Vaccination in Bombay 1889-1901 - 1889-1901
Year: 1889
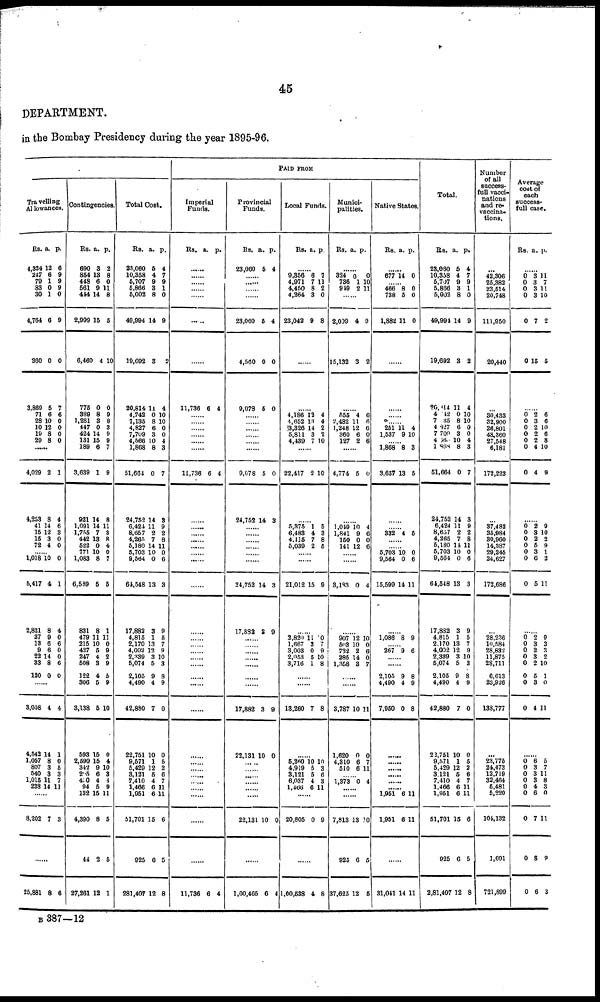
45
DEPARTMENT.
in the Bombay Presidency during the year 1895-96.
PAID FROM
Travelling
Allowances.
Rs.
4,324
247
70
83
30
4,764
360
3,869
71
28
10
19
29
a.
12
6
1
0
1
6
0
5
6
10
12
8
8
p.
6
9
9
9
0
9
0
7
6
0
0
0
0
......
4,029
4,253
41
15
15
72
2
8
14
12
3
4
1
4
6
3
0
0
...... 1,018
5,417
2,821
37
13
9
22
33
120
10
4
8
0
6
6
14
8
0
0
1
4
0
6
0
0
6
0
......
3,058
4,542
1,057
807
540
1,015
238
4
14
8
3
3
11
14
4
1
0
5
3
7
11
......
8,202 7 3
......
25,881 8 6
Contingencies.
Rs.
690
864
448
561
444
2,999
6,460
775
389
1,281
447
424
131
189
3,639
921
1,091
1,755
442
522
771
1,083
6,589
831
479
215
427
247
508
122
306
3,138
593
2,590
342
205
430
94
132
4,390
44
27,261
a.
3
13
6
9
14
15
4
0
8
3
0
14
15
6
1
14
14
7
13
0
10
8
5
8
11
10
5
4
3
4
5
5
15
15
9
6
4
5
15
8
2
12
p.
2
8
0
11
8
6
10
0
9
8
3
9
9
7
9
8
11
8
8
4
0
7
5
1
11
0
9
2
9
5
9
10
0
4
10
3
4
9
11
5
5
1
Total Cost.
Rs.
23,060
10,358
5,707
6,866
5,002
49,994
10,692
20,814
4,742
7,135
4,827
7,709
4,566
1,868
51,664
24,752
6,424
8,657
4,265
5,180
5,703
9,564
64,548
17,882
4,815
2,170
4,002
2,339
5,074
2,105
4,490
42,880
22,751
9,571
6,429
3,121
7,410
1,466
1,951
51,701
925
281,407
a.
5
4
9
3
8
14
3
11
0
8
6
3
10
8
0
14
11
2
7
14
10
0
13
3
1
13
12
3
5
9
4
7
10
1
12
5
4
6
6
15
6
12
p.
4
7
9
1
0
9
2
4
10
10
0
0 4
3
7
8
9
2
8
11
0
6
3
0
5
7
9
10
3
8
9
0
0
5
2
6
7
11
11
6
5
8
Imperial
Funds.
Rs. a. p.
......
......
......
......
......
......
......
11,736 6 4
......
......
......
......
......
......
11,736 6 4
......
......
......
......
......
......
......
......
......
......
......
......
......
......
......
......
......
......
......
......
......
......
......
......
......
......
11,736 6 4
Provincial
Funds.
Rs.
23,060
a.
5
p.
4
......
......
......
......
23,060
4,560
9,078
5
0
5
4
0
0
......
......
......
......
......
......
9,078
24,752
5
14
0
3
......
......
......
......
......
......
24,752
17,882
14
2
3
0
......
......
......
......
......
......
......
17,882
22,131
3
10
9
0
......
......
......
......
......
......
22,131 10 0
......
1,00,465 6 4
Local Funds.
Rs. a. p.
......
9,356
4,971
4,450
4,264
23,042
6
7
8
3
9
7
11
2
0
8
......
......
4,186
4,652
3,326
5,811
4,439
12
13
14
3
7
4
4
2
2
10
......
22,417 2 10
......
5,875
6,483
4,115
5,039
1
4
7
2
5
3
8
5
......
......
21,012 15 9
......
3,820
1,667
3,003
2,053
3,716
11
3
0
5
1
0
7
9
10
8
......
......
13,260 7 8
......
5,260
4,919
3,121
6,037
1,466
10
5
5
4
6
10
3
6
3
11
......
20,805 0 9
......
1,00,638 4 8
Munici-
palities.
Rs. a. p.
......
324
736
949
0
1
2
0
10
11
......
2,009
15,132
4
3
0
2
......
555
2,482
1,248
360
127
4
11
12
6
2
6
6
6
0
6
......
4,774 5 0
......
1,049
1,841
150
141
10
9
0
12
4
6
0 6
......
......
3,183 0 4
......
907
503
732
285
1,358
12
10
2
14
3
10
0
6
0
7
......
......
3,787
1,620
4,310
510
10
0
6
6
11
0
7
11
...... 1,373 0 4
......
......
7,813
925
37,625
13
6
12
10
5
5
Native States.
Rs. a. p.
......
677 14 0
...... 466
738
1,882
8
5
11
0
0
0
......
......
......
...... 251
1,537
11
9
4
10
...... 1,868
3,657
8
13
3
5
......
...... 332 4 5
......
...... 5,703
9,564
15,599
10
0
14
0
6
11
......
1,086 8 9
...... 267 9 6
......
......
2,105
4,490
7,950
9
4
0
8
9
8
......
......
......
......
......
......
1,951
1,951
6
6
11
11
31,041 14 11
Total.
Rs.
23,060
10,358
5,707
5,866
5,002
49,994
19,692
20,114
4,012
7,035
4,827
7,709
4,560
1,868
61,664
24,752
6,424
8,657
4,265
5,180
5,703
9,564
64,548
17,882
4,815
2,170
4,002
2,339
5,074
2,105
4,490
42,880
22,751
9,571
5,429
3,121
7,410
1,466
1,951
51,701
925
2,81,407
a.
5
4
9
3
8
14
3
11
0
8
6
3
10
8
0
14
11
2
7
11
10
0
13
3
1
13
12
3
5
9
4
7
10
1
12
5
4
6
6
15
6
12
p.
4
7
9
1
0
9
2
4
10
10
0
0
4
3
7
3
9
2
8
11
0
6
3
9
5
7
9
10
3
8
9
0
0
6
2
6
7
11
11
6
5
8
Number
of all
success-
full vacci-
nations
and re¬
vaccina-
tions.
...
42,306
25,382
23,614
20,748
111,950
20,440
...
30,433
32,900
26,801
48,360
27,548
6,181
172,223
...
37,483
35,984
30,960
14,387
29,245
24,627
172,686
...
28,236
10,584
28,832
11,875
28,711
6,613
23,926
138,777
...
23,775
24,473
12,719
32,464
5,481
5,220
104,132
1,691
721,899
Average
cost of
each
success¬
full case.
Rs. a. p.
......
0
0
0
0
0
0
3
3
3
3
7
15
11
7
11
10
2
5
......
0
0
0
0
0
0
0
2
3
2
2 2
4
4
6
6
10
6
8
10
9
......
0
0
0
0
0
0
0
2
3
2
5
3
6
5
9
10
2 9
1
2
11
......
0
0
0
0
0
0
0
0
2
3
2
3
2
6
3
4
9
3
3
2
10
1
0
11
......
0
0
0
0
0
0
0
0
0
6
3
3
3
4
6
7
8
6
5
7
11
8
3
0
11
9
3
B 387—12